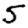
Digit: 5